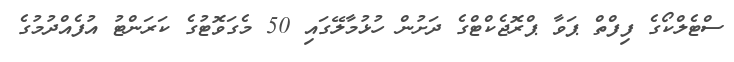
ސްޓެލްކޯގެ ފިފްތް ޕަވާ ޕްރޮޖެކްޓްގެ ދަށުން ހުޅުމާލޭގައި 50 މެގަވޮޓުގެ ކަރަންޓު އުފެއްދުމުގެ